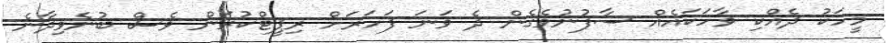
މީހަކު ދެއްކި ވާހަކައެއް ސާފުނުވެގެން ދެ ވަނަ ފަހަރަށް ރިޕީޓްކުރަން ވެސް ބުނެވިދާނެ